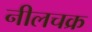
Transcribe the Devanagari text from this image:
नीलचक्र